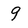
Character: 9